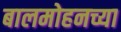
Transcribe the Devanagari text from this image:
बालमोहनच्या